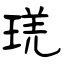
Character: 琷